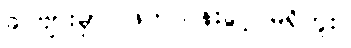
ခင်ဗျားမှာ ဖြတ်သန်းခွင့် မရှိဘူး။